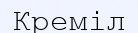
Креміл